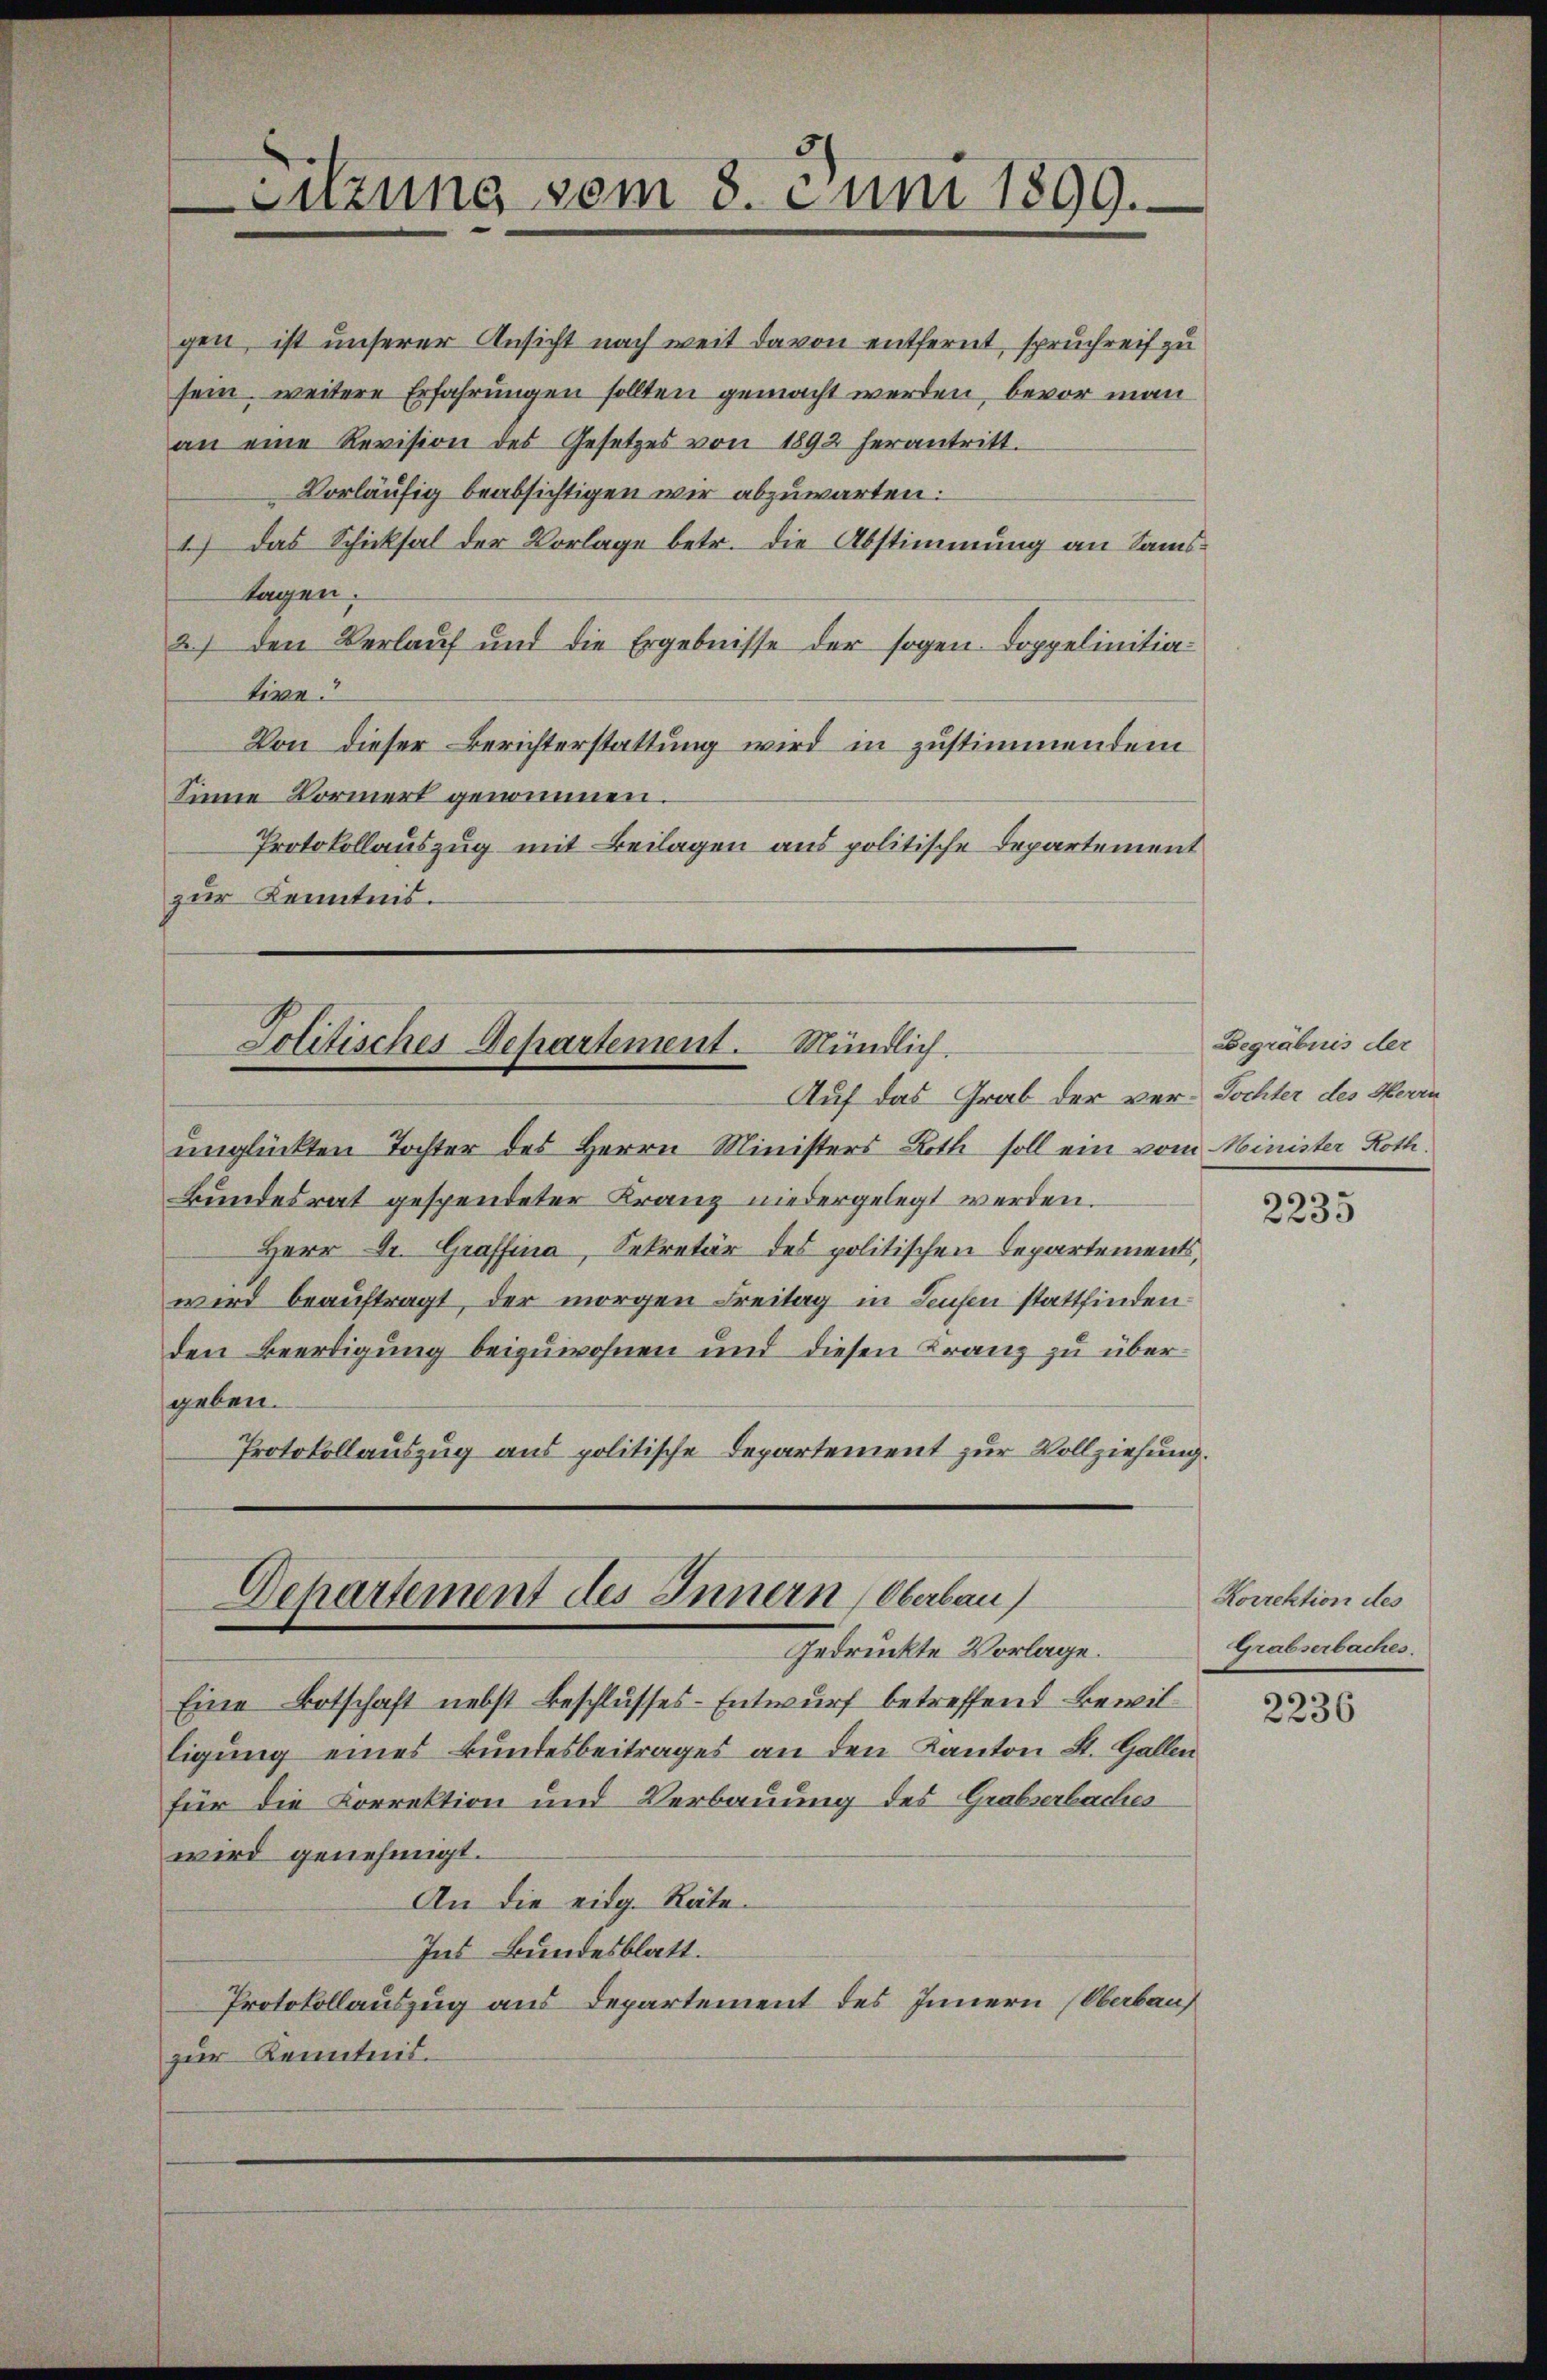
gen, ist unserer Ansicht nach weit davon entfernt, spruchreif zu
sein, weitere Erfahrungen sollten gemacht werden, bevor man
an eine Revision des Gesetzes von 1892 herantritt.
Vorläufig beabsichtigen wir abzuwarten.
1.) Das Schicksal der Vorlage betr. die Abstimmung an Samstagen.
2) den Verlauf und die Ergebnisse der sogen Doppelinitia-
tive.
Von dieser Berichterstattung wird in zustimmendem
Sinne Vormert genommen.
Protokollauszug mit Beilagen aus politische Departement
zur Kenntnis.

Sitzung vom 8. Juni 1899.

Politisches Departement. Mündlich.

unglückten Tochter des Herrn Ministers Roth soll ein vom Minister Roth¬
Bundesrat gespendeter Franz niedergelegt werden.
Herr Dr. Graffina, Sekretär des politischen Departements,
wird beauftragt, der morgen Freitag in Leufen stattfinden.
den Beerdigung beizuwohnen und diesen Franz zu übergeben.
Protokollauszug aus politische Departement zur Vollziehung.

Departement des Innern, Oberbau
Gedruckte Vorlage.

Auf das Grab der ver-Tochter des Herrn

Eine Botschaft nebst Beschlusses-Entwurf betreffend Bewilligung eines Bundesbeitrages an den Kanton St. Gallen
für die Korrektion und Verbauung des Grabserbaches
wird genehmigt.
An die eidg. Räte
Ins Bundesblatt.
Protokollauszug aus Departement des Innern (Oberbau
zur Kenntnis.

Begräbnis der

2235

Korrektion des
Grabserbaches.

2236